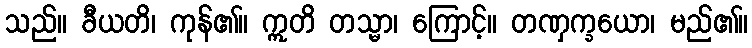
သည်။ ခီယတိ၊ ကုန်၏။ ဣတိ တသ္မာ၊ ကြောင့်။ တဏှက္ခယော၊ မည်၏။